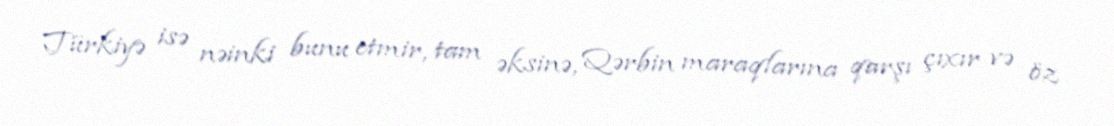
Türkiyə isə nəinki bunu etmir, tam əksinə, Qərbin maraqlarına qarşı çıxır və öz